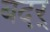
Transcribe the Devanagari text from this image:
बदर्